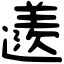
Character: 䢭